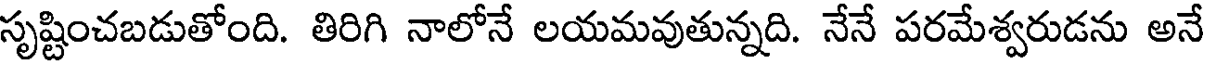
సృష్టించబడుతోంది. తిరిగి నాలోనే లయమవుతున్నది. నేనే పరమేశ్వరుడను అనే